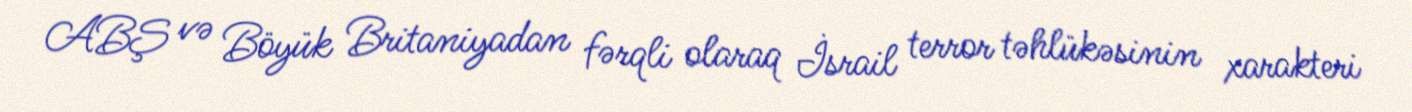
ABŞ və Böyük Britaniyadan fərqli olaraq İsrail terror təhlükəsinin xarakteri